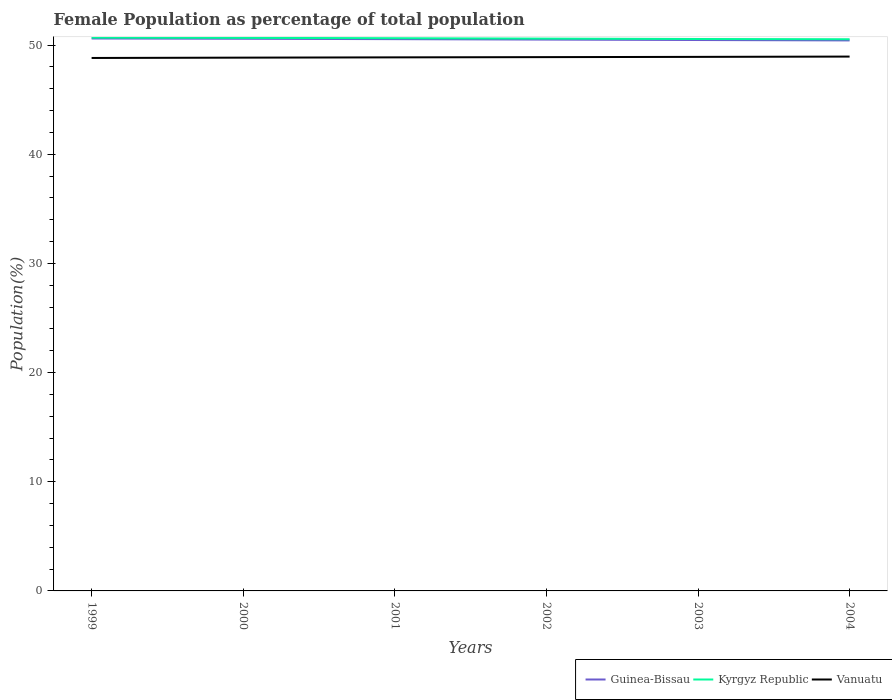
| Years | Guinea-Bissau | Kyrgyz Republic | Vanuatu |
 | --- | --- | --- | --- |
 | 1999 | 50.6 | 50.7 | 48.8 |
 | 2000 | 50.6 | 50.7 | 48.9 |
 | 2001 | 50.6 | 50.6 | 48.9 |
 | 2002 | 50.5 | 50.6 | 48.9 |
 | 2003 | 50.5 | 50.6 | 48.9 |
 | 2004 | 50.4 | 50.5 | 49 |